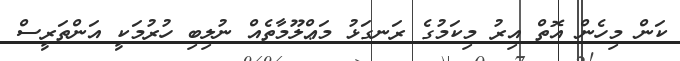
ކަން މިހެން އޮތް އިރު މިކަމުގެ ރަނގަޅު މަޢްލޫމާތެއް ނުލިބި ހުރުމަކީ އަންތަރީސް